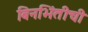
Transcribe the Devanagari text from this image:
बिनभिंतीची